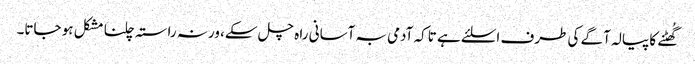
گُھٹنے کا پیالہ آگے کی طرف اسلئے ہے تاکہ آدمی بہ آسانی را ہ چل سکے، ورنہ راستہ چلنا مشکل ہو جاتا۔